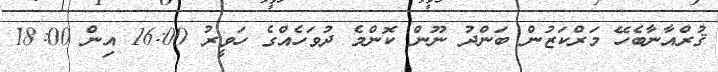
ޤުރްއާނާބެހޭ މަރްކަޒުން ބަންދު ނޫން ކޮންމެ ދުވަހެއްގެ ހަވީރު 16:00 އިން 18:00